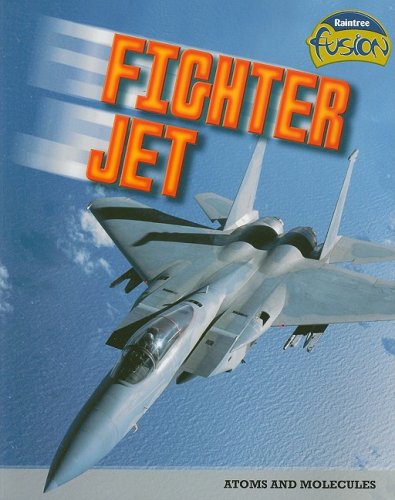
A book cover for Fighter Jet: Atoms and Molecules (Raintree Fusion: Physical Science); Lisa Trumbauer; Children's Books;